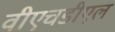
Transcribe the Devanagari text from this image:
वीएचडीएल